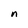
Character: n